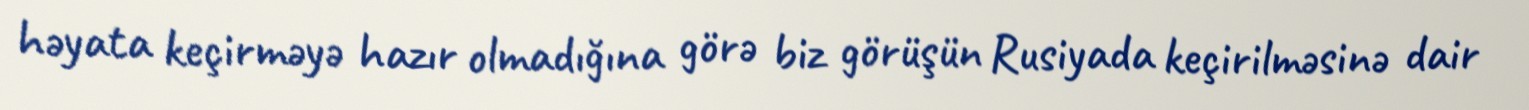
həyata keçirməyə hazır olmadığına görə biz görüşün Rusiyada keçirilməsinə dair